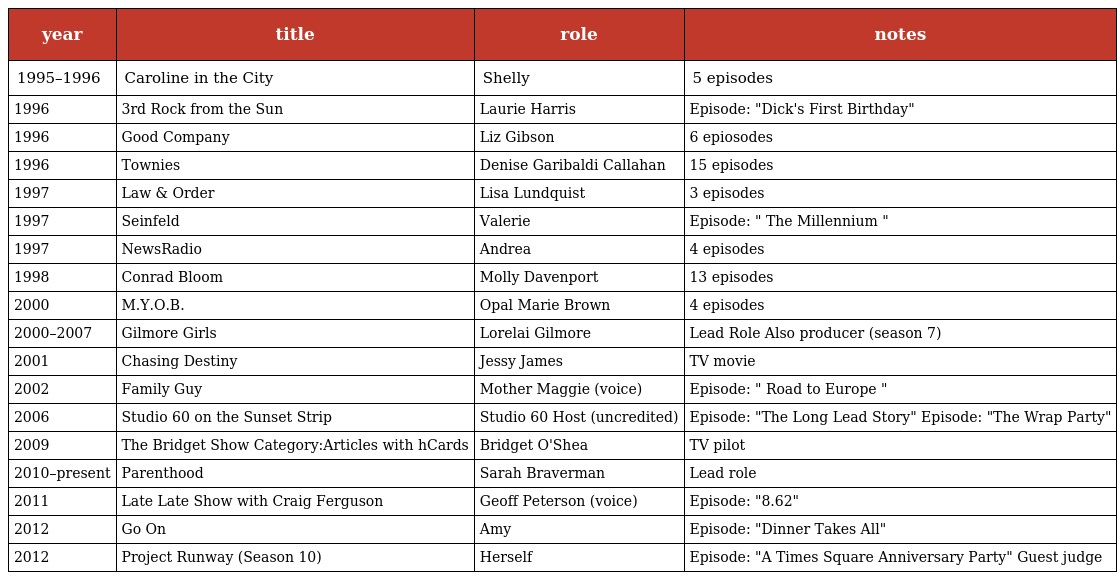
| year | title | role | notes |
 | --- | --- | --- | --- |
 | 1995–1996 | Caroline in the City | Shelly | 5 episodes |
 | 1996 | 3rd Rock from the Sun | Laurie Harris | Episode: "Dick's First Birthday" |
 | 1996 | Good Company | Liz Gibson | 6 epiosodes |
 | 1996 | Townies | Denise Garibaldi Callahan | 15 episodes |
 | 1997 | Law & Order | Lisa Lundquist | 3 episodes |
 | 1997 | Seinfeld | Valerie | Episode: " The Millennium " |
 | 1997 | NewsRadio | Andrea | 4 episodes |
 | 1998 | Conrad Bloom | Molly Davenport | 13 episodes |
 | 2000 | M.Y.O.B. | Opal Marie Brown | 4 episodes |
 | 2000–2007 | Gilmore Girls | Lorelai Gilmore | Lead Role Also producer (season 7) |
 | 2001 | Chasing Destiny | Jessy James | TV movie |
 | 2002 | Family Guy | Mother Maggie (voice) | Episode: " Road to Europe " |
 | 2006 | Studio 60 on the Sunset Strip | Studio 60 Host (uncredited) | Episode: "The Long Lead Story" Episode: "The Wrap Party" |
 | 2009 | The Bridget Show Category:Articles with hCards | Bridget O'Shea | TV pilot |
 | 2010–present | Parenthood | Sarah Braverman | Lead role |
 | 2011 | Late Late Show with Craig Ferguson | Geoff Peterson (voice) | Episode: "8.62" |
 | 2012 | Go On | Amy | Episode: "Dinner Takes All" |
 | 2012 | Project Runway (Season 10) | Herself | Episode: "A Times Square Anniversary Party" Guest judge |